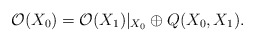
\begin{align*} \mathcal{O}(X_0)=\mathcal{O}(X_1)|_{X_0} \oplus Q(X_0,X_1).\end{align*}